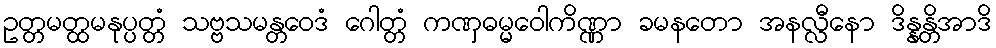
ဥတ္တမတ္ထမနုပ္ပတ္တံ သဗ္ဗသမန္တဝေဒံ ဂေါတ္တံ ကဏှဓမ္မဝေါကိဏ္ဏာ ခမနတော အနလ္လီနော ဒိန္နန္တိအာဒိ